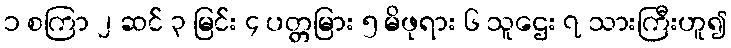
၁ စကြာ ၂ ဆင် ၃ မြင်း ၄ ပတ္တမြား ၅ မိဖုရား ၆ သူဌေး ၇ သားကြီးဟူ၍